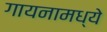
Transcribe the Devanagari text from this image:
गायनामध्ये